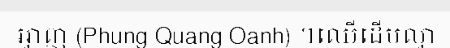
អ្វាញ (Phung Quang Oanh) ។ឈើដើមល្វា